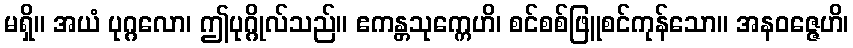
မရှိ။ အယံ ပုဂ္ဂလော၊ ဤပုဂ္ဂိုလ်သည်။ ဧကန္တသုက္ကေဟိ၊ စင်စစ်ဖြူစင်ကုန်သော။ အနဝဇ္ဇေဟိ၊